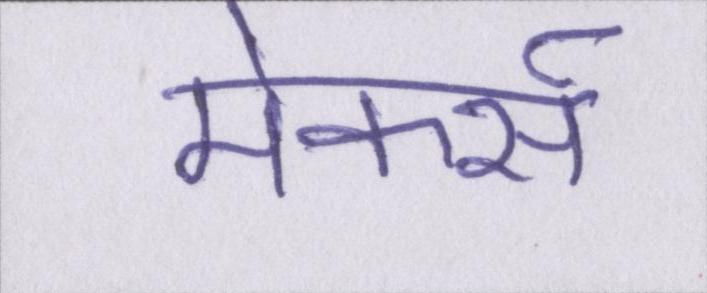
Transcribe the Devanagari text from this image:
मेकर्स